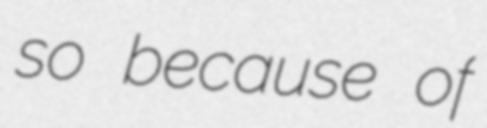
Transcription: so because of